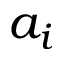
a _ { i }